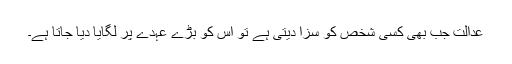
عدالت جب بھی کسی شخص کو سزا دیتی ہے تو اُس کو بڑے عہدے پر لگایا دیا جاتا ہے۔